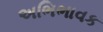
અભિભાવક